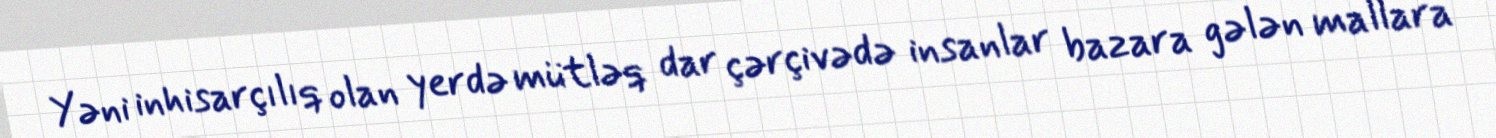
Yəni inhisarçılıq olan yerdə mütləq dar çərçivədə insanlar bazara gələn mallara